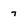
Character: 7